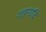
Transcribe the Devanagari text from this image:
गङ्गादि